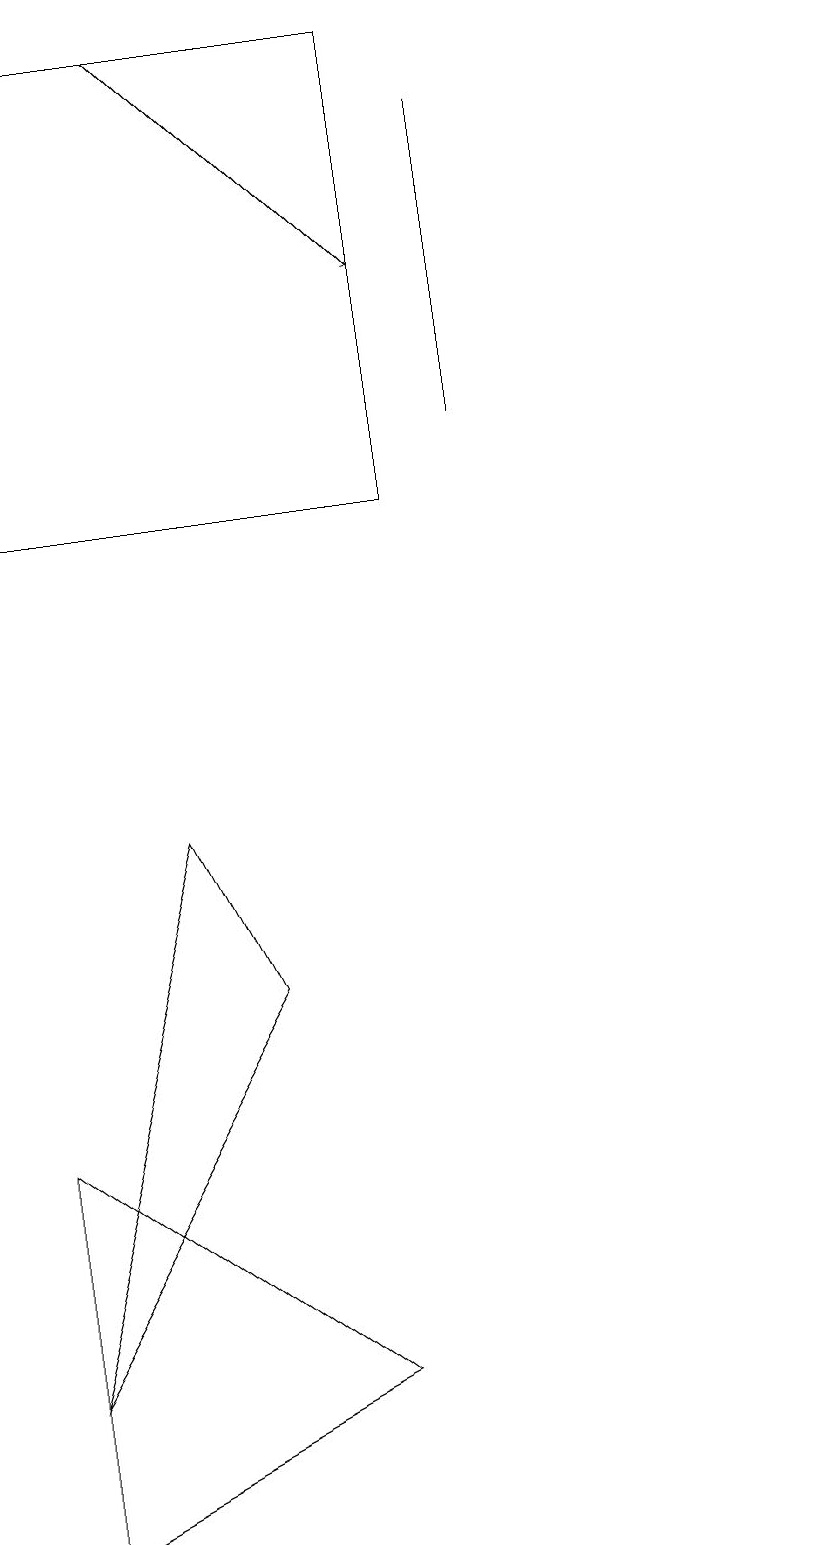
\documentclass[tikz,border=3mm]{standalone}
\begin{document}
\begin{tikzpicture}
\draw (1,5) -- (1,0) -- (5,2) -- cycle;
\draw (11,10) circle (0);
\draw (1,13) rectangle (6,19);
\draw (7,18) rectangle (7,14);
\draw[->] (3,19) -- (6,16);
\draw (1,2) -- (4,7) -- (3,9) -- cycle;
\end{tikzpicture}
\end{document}